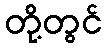
တို့တွင်